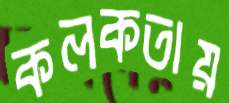
কলকতায়